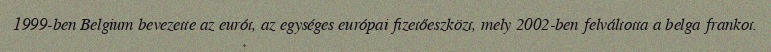
1999-ben Belgium bevezette az eurót, az egységes európai fizetőeszközt, mely 2002-ben felváltotta a belga frankot.